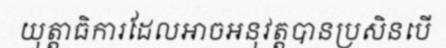
យុត្តាធិការដែលអាចអនុវត្តបានប្រសិនបើ